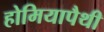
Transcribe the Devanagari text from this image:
होमियापैथी